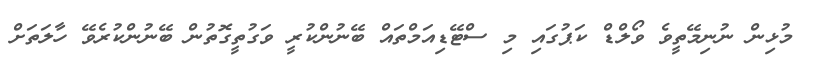
މުޅިން ނުނިމޭތީވެ ވޯލްޑް ކަޕުގައި މި ސްޓޭޑިއަމްތައް ބޭނުންކުރީ ވަގުތީގޮތުން ބޭނުންކުރެވޭ ހާލަތަށް